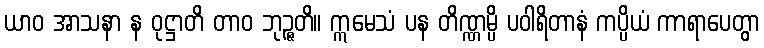
ယာဝ အာသနာ န ဝုဋ္ဌာတိ တာဝ ဘုဉ္ဇတိ။ ဣမေသံ ပန တိဏ္ဏမ္ပိ ပဝါရိတာနံ ကပ္ပိယံ ကာရာပေတွာ